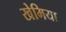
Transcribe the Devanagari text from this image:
खेमिया